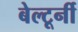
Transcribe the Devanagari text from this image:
बेल्टूर्नी